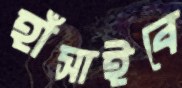
হাঁসাইবে